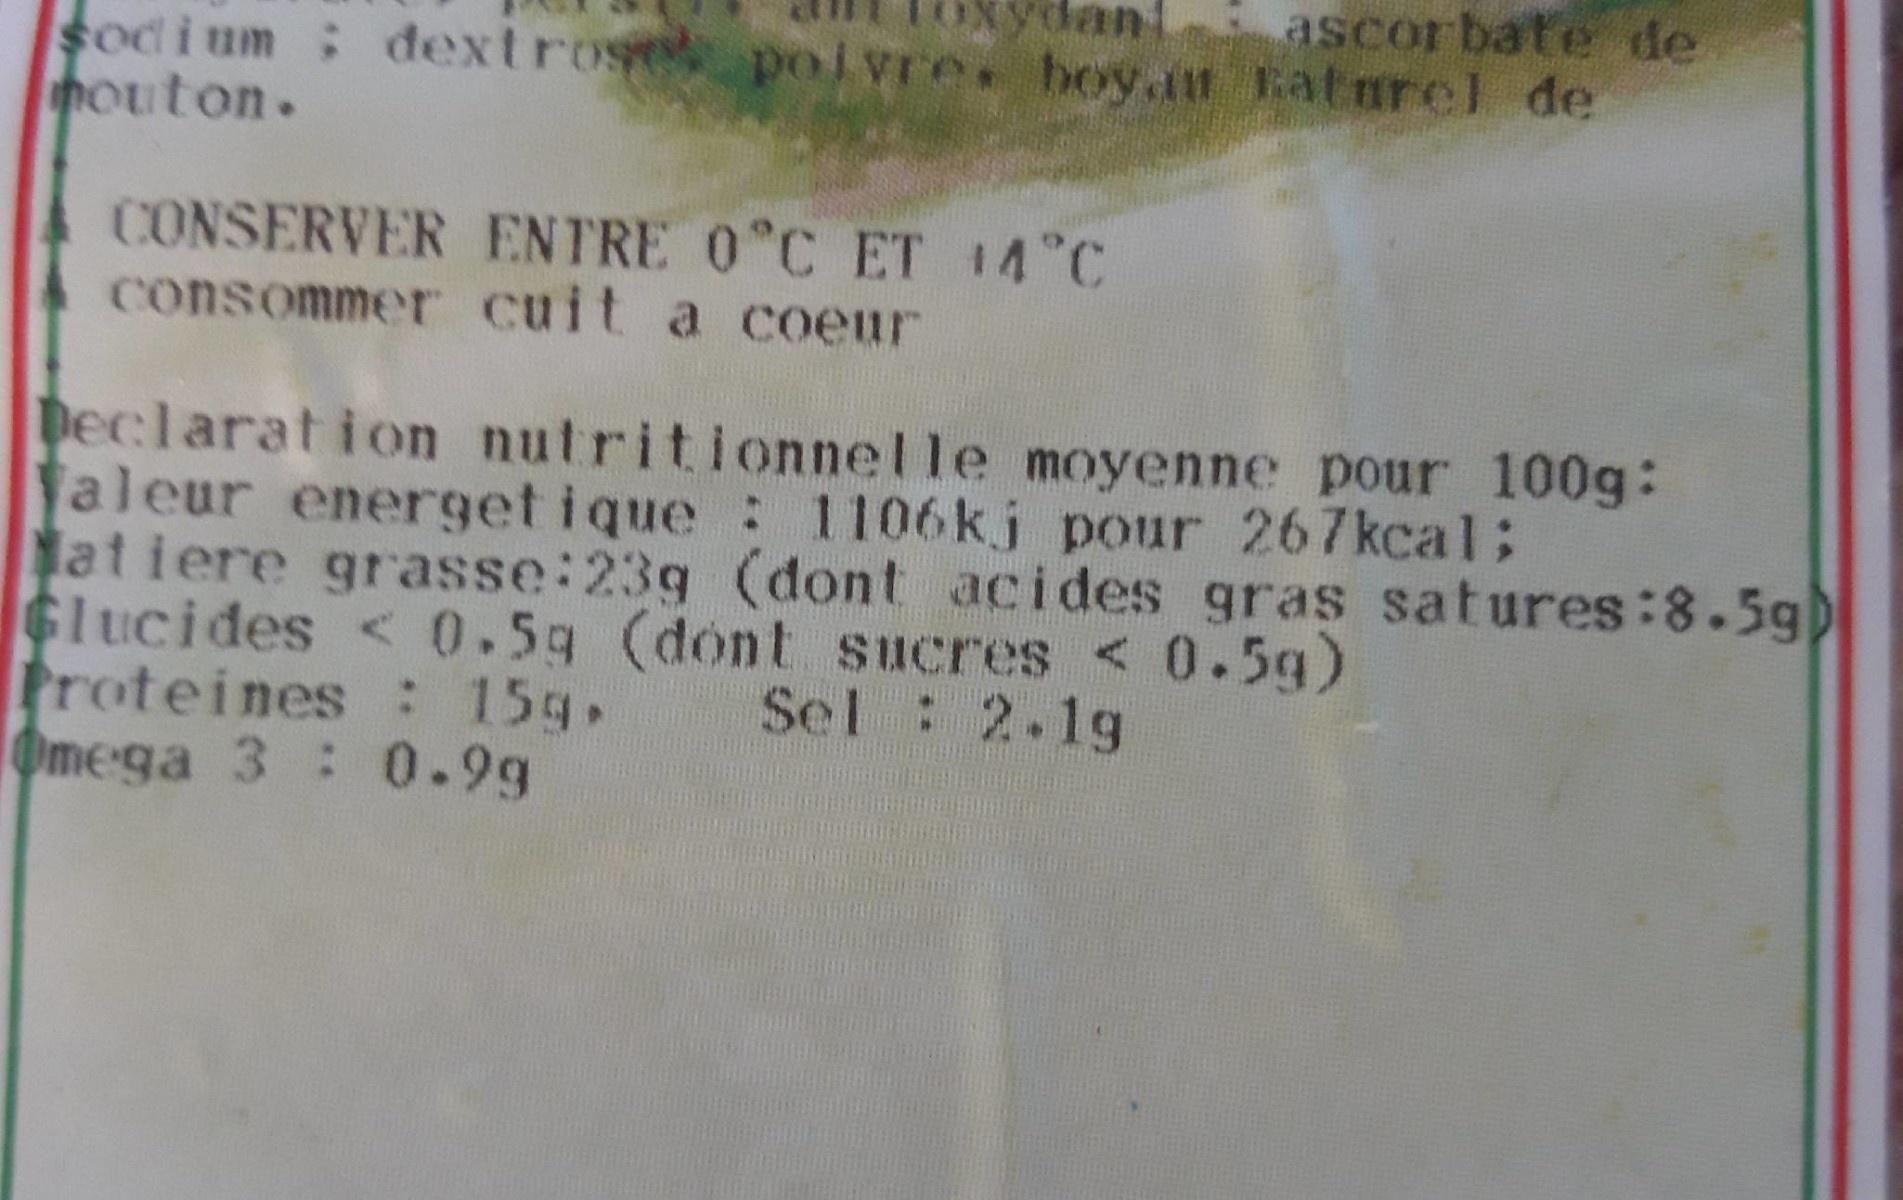
ydanL ascorbate de
sodi um dextrose poi vre boy.t Eaturel de houton.
CONSERVER ENTRE 0°C ET #4 C consommer cuit a coeur
Declaration nutritionnelle moyenne pour 100g: faleur energetique : 1106kj pour 267kcal; atiere grasse:23g (dont acides gras satures:8.5g) Glucides < 0.5g (dont sucres < 0.5g) Proteines : 15g, Ome-ga 3: 0.9g
Sel : 2.1g